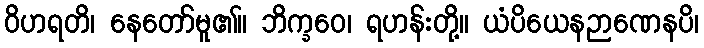
ဝိဟရတိ၊ နေတော်မူ၏။ ဘိက္ခဝေ၊ ရဟန်းတို့။ ယံပိယေနဉာဏေနပိ၊